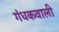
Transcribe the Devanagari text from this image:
गंधकवाली